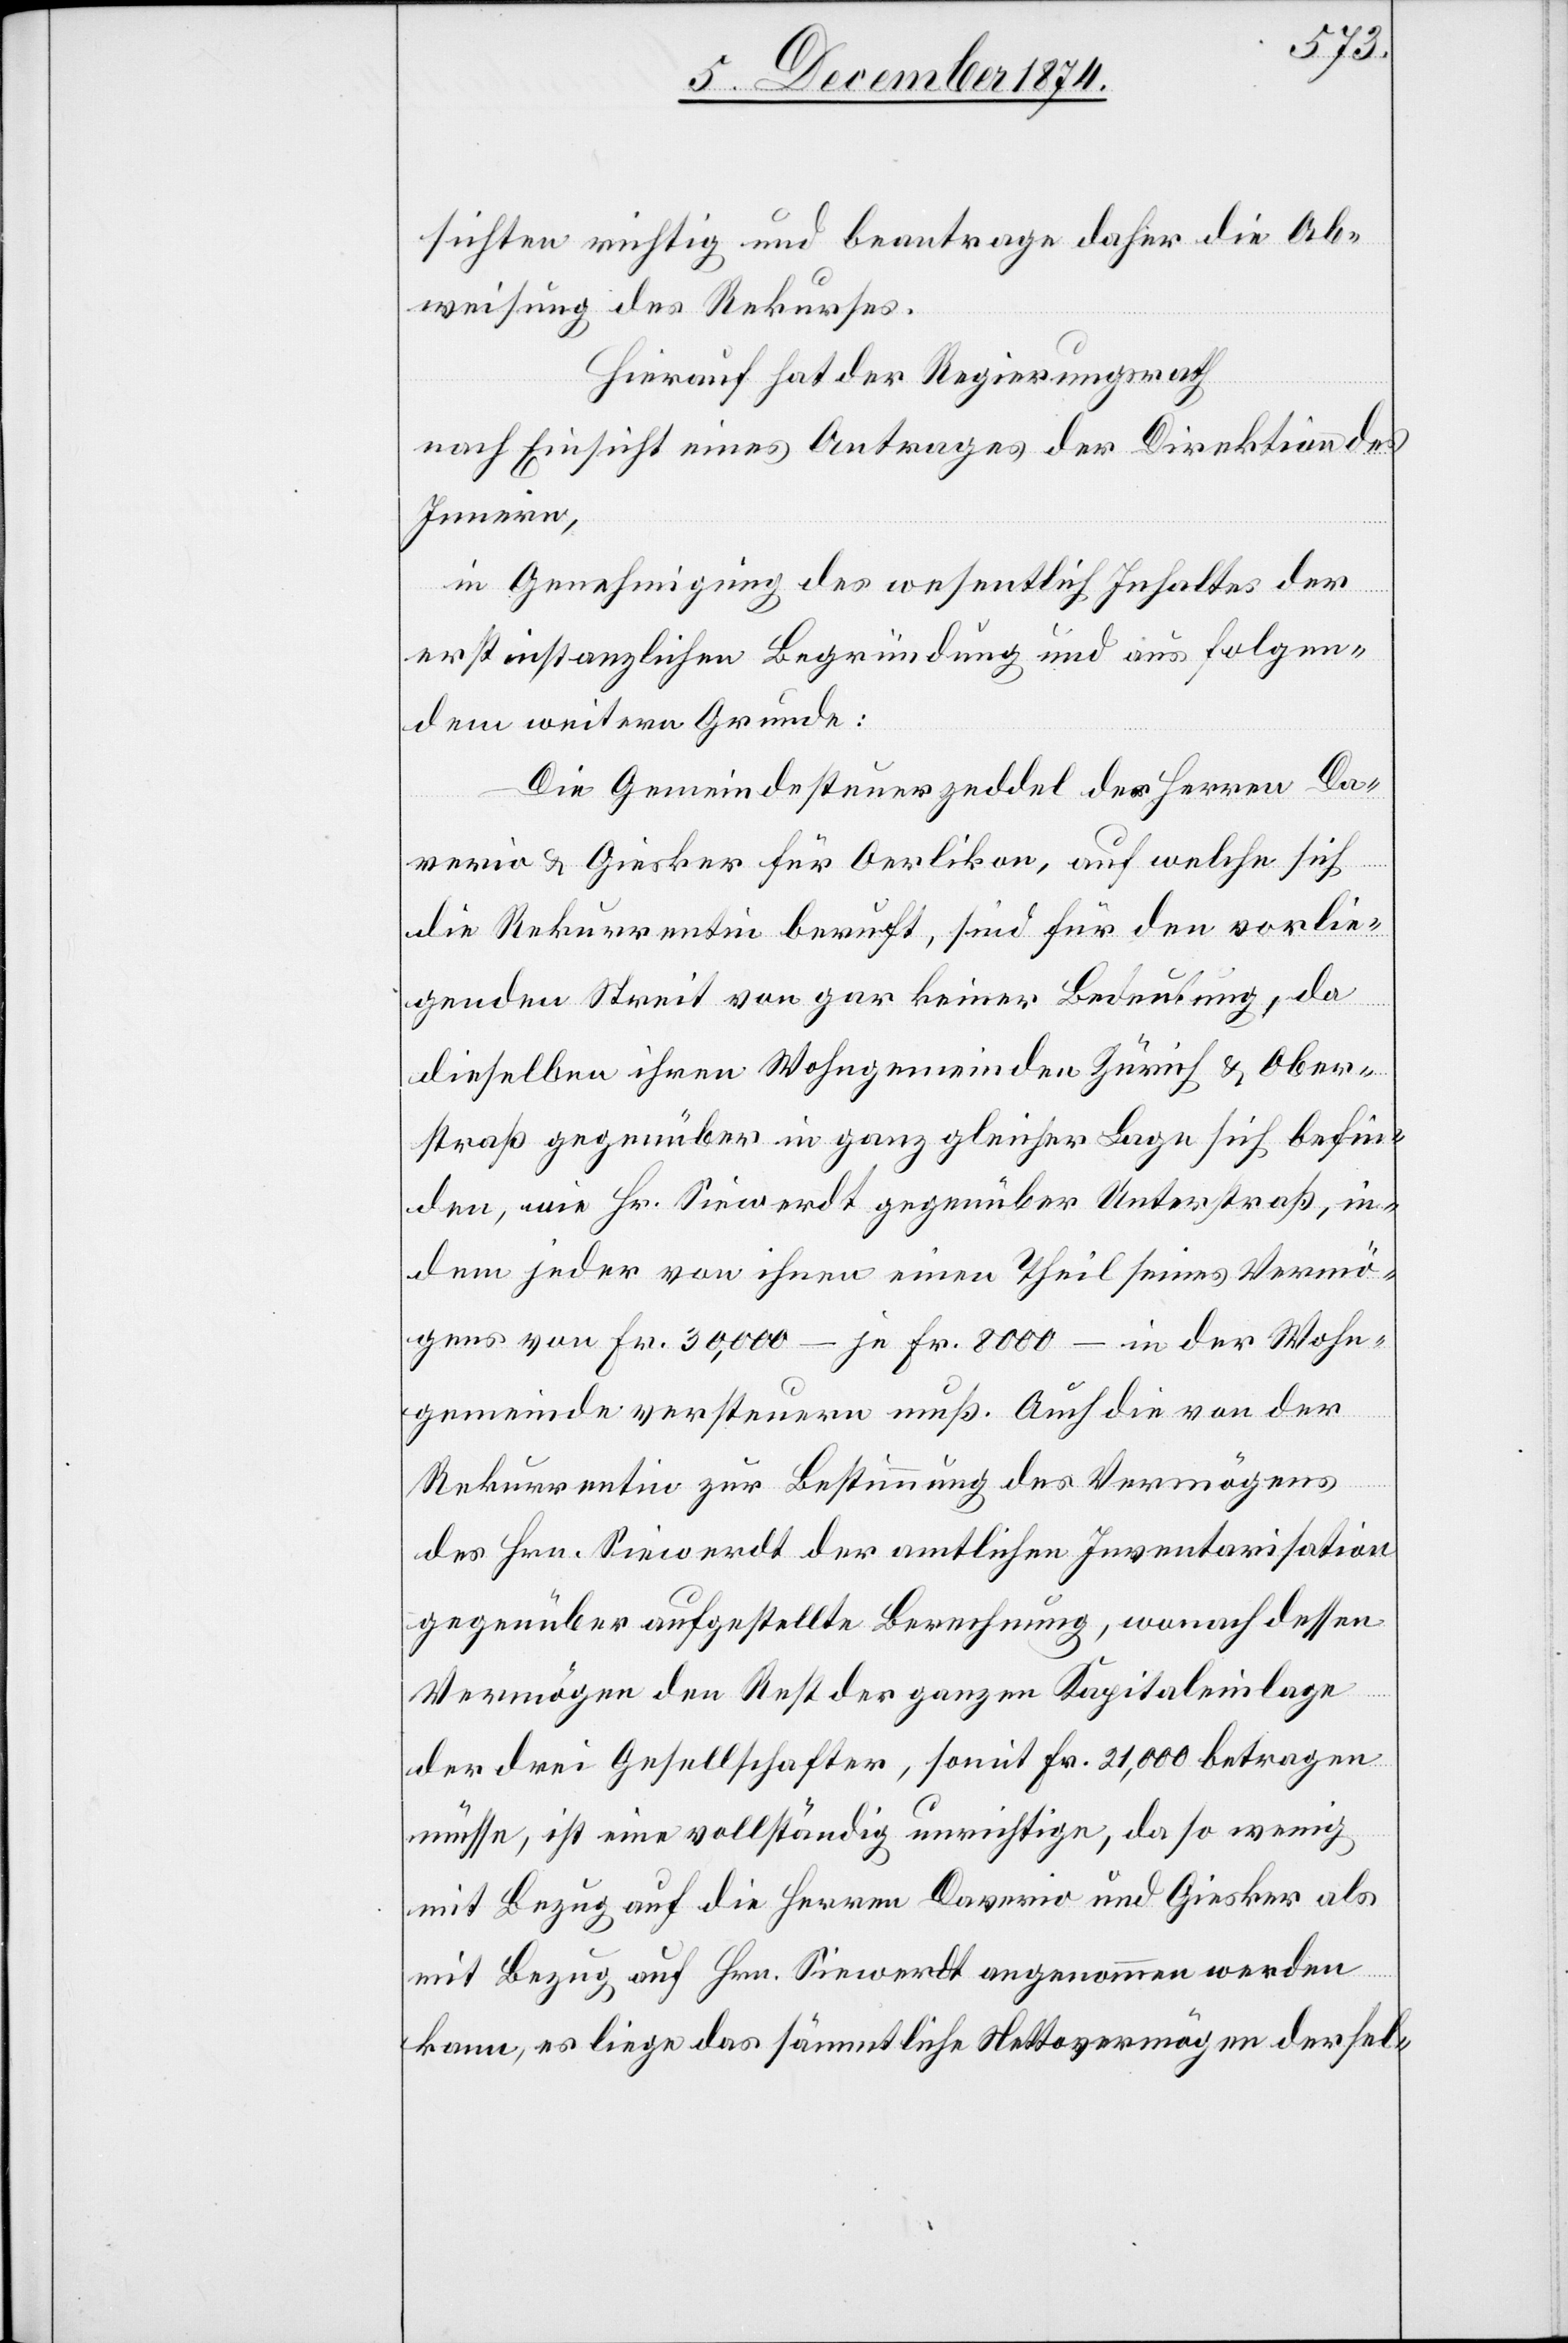
sichten richtig und beantrage daher die Ab¬
weisung des Rekurses.
Hierauf hat der Regierungsrath
nach Einsicht eines Antrages der Direktion des
Innern,
in Genehmigung des wesentlich[en] Inhaltes der
erstinstanzlichen Begründung und aus folgen¬
dem weitern Grunde:
Die Gemeindesteuerzeddel der Herren Da¬
verio & Giesker für Oerlikon, auf welche sich
die Rekurrentin beruft, sind für den vorlie¬
genden Streit von gar keiner Bedeutung, da
dieselben ihren Wohngemeinden Zürich & Ober¬
straß gegenüber in ganz gleicher Lage sich befin¬
den, wie Hr. Siewerdt gegenüber Unterstraß, in¬
dem jeder von ihnen einen Theil seines Vermö¬
gens von Fr. 30,000 – je Fr. 8000 – in der Wohn¬
gemeinde versteuern muß. Auch die von der
Rekurrentin zur Bestimmung des Vermögens
des Hrn. Siewerdt der amtlichen Inventarisation
gegenüber aufgestellte Berechnung, wonach dessen
Vermögen den Rest der ganzen Kapitaleinlage
der drei Gesellschaften, somit Fr. 21,000 betragen
müsse, ist eine vollständig unrichtige, da so wenig
mit Bezug auf die Herren Daverio und Giesker als
mit Bezug auf Hrn. Siewerdt angenommen werden
kann, es liege das sämmtliche Nettovermögen dersel-